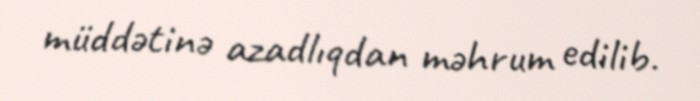
müddətinə azadlıqdan məhrum edilib.